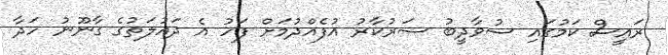
ރައީސް ކަމުގައި ސުވާދީބު ސަރުކާރު އުފެއްދުމަށް ފަހު އެ ދައުލަތުގެ ގާނޫނު ހަދާ